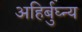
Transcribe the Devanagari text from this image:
अहिर्बुघ्न्य